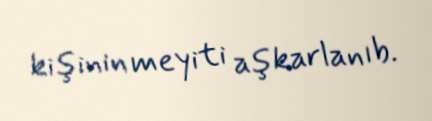
kişinin meyiti aşkarlanıb.